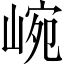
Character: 𡸥